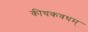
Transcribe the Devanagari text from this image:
कीचकवधम्